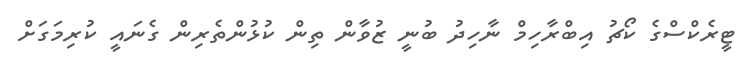
ޓީރެކްސްގެ ކޯޗު އިބްރާހިމް ނާހިދު ބުނީ ޒުވާން ތިން ކުޅުންތެރިން ގެނައީ ކުރިމަގަށް